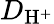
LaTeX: D_{\mathrm{H}^{+}}